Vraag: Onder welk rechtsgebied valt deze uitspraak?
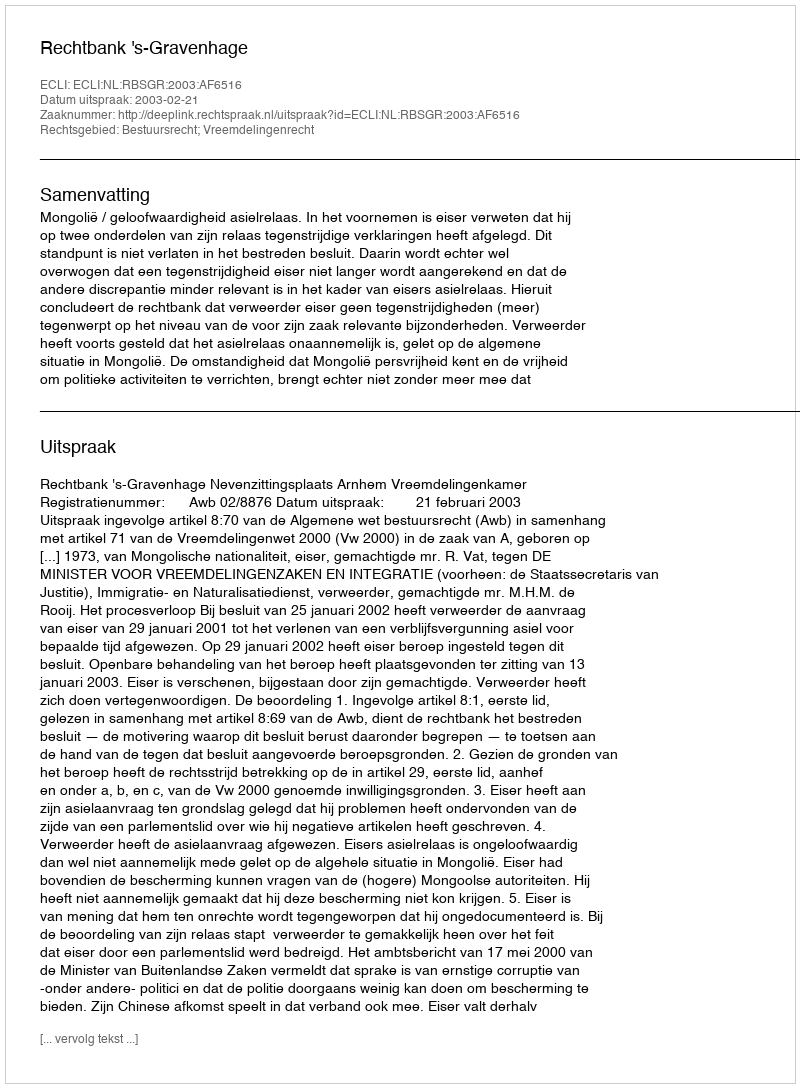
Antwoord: Bestuursrecht; Vreemdelingenrecht